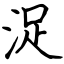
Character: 浞